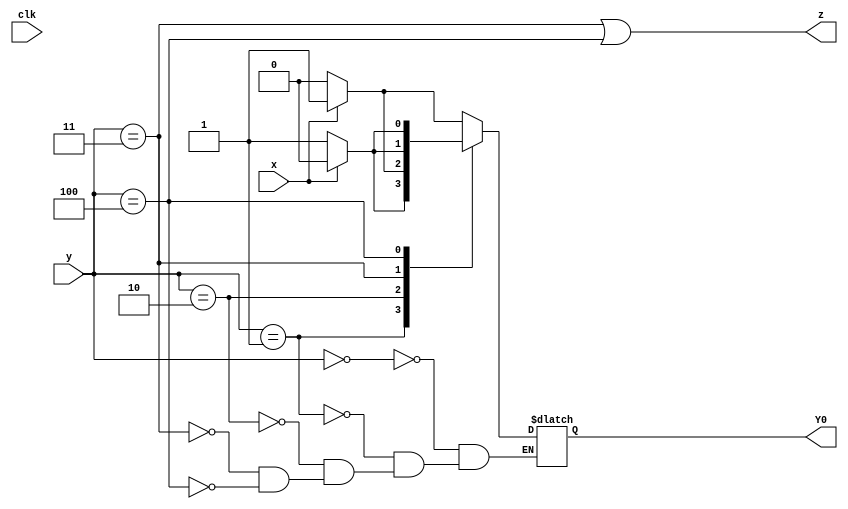
module top_module (
    input clk,
    input [2:0] y,
    input x,
    output Y0,
    output z
);

    reg [2:0]Y;
    parameter[2:0] A=0, B=1, C=2, D=3, E=4;

    always@(*)begin
        case(y)
            A:  if(x) Y <= B;
                else  Y <= A;
            B:  if(x) Y <= E;
                else  Y <= B;
            C:  if(x) Y <= B;
                else  Y <= C;
            D:  if(x) Y <= C;
                else  Y <= B;
            E:  if(x) Y <= E;
                else  Y <= D;
        endcase
    end

    assign Y0 = Y[0];
    assign z = (y == D | y == E);

endmodule